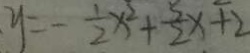
y = - \frac { 1 } { 2 } x ^ { 2 } + \frac { 5 } { 2 } x + 2